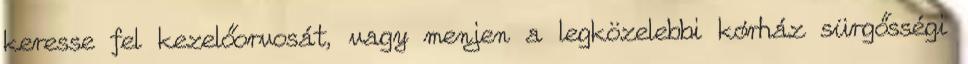
keresse fel kezelőorvosát, vagy menjen a legközelebbi kórház sürgősségi